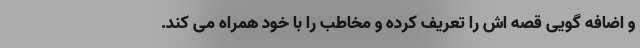
و اضافه گویی قصه اش را تعریف کرده و مخاطب را با خود همراه می کند.